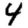
Digit: 4